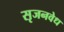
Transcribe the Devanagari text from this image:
सृजनवेध